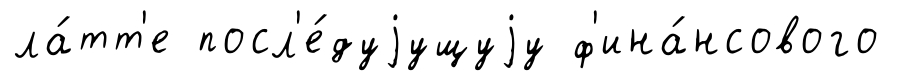
ла́тт'е посл'е́дуjущуjу ф'ина́нсового